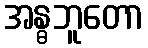
အန္ဓဘူတော